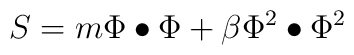
S  =  m \Phi \bullet \Phi + \beta \Phi^2 \bullet \Phi^2